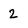
Character: 2